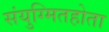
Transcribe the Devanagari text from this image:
संयुग्मितहोता